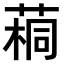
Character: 𫈷